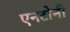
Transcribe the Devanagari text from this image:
एनटोनी